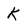
Character: K